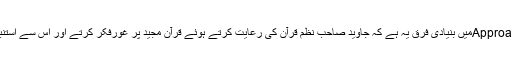
دونوں کی Approachمیں بنیادی فرق یہ ہے کہ جاوید صاحب نظم قرآن کی رعایت کرتے ہوئے قرآن مجید پر غورفکر کرتے اور اس سے استنباط کرتے ہیں۔